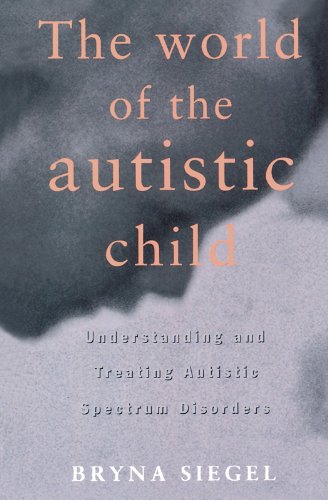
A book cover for The World of the Autistic Child : Understanding and Treating Autistic Spectrum Disorders; Ph.D. Bryna Siegel; Health, Fitness & Dieting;